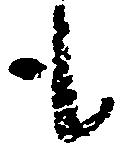
も